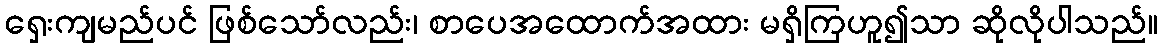
ရှေးကျမည်ပင် ဖြစ်သော်လည်း၊ စာပေအထောက်အထား မရှိကြဟူ၍သာ ဆိုလိုပါသည်။